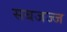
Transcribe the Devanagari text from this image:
सबजज्ज